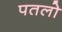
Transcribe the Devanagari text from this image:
पतलो